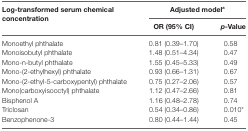
<table><thead><tr><td rowspan="2"><b>Log-transformed serum chemical concentration</b></td><td colspan="2"><b>Adjusted model<sup>a</sup></b></td></tr><tr><td><b>OR (95% CI)</b></td><td><b><i>p-</i>Value</b></td></tr></thead><tbody><tr><td>Monoethyl phthalate</td><td>0.81 (0.39–1.70)</td><td>0.58</td></tr><tr><td>Monoisobutyl phthalate</td><td>1.48 (0.51–4.34)</td><td>0.47</td></tr><tr><td>Mono-n-butyl phthalate</td><td>1.55 (0.45–5.33)</td><td>0.49</td></tr><tr><td>Mono-(2-ethylhexyl) phthalate</td><td>0.93 (0.66–1.31)</td><td>0.67</td></tr><tr><td>Mono-(2-ethyl-5-carboxypentyl) phthalate</td><td>0.75 (0.27–2.06)</td><td>0.57</td></tr><tr><td>Mono(carboxyisooctyl) phthalate</td><td>1.12 (0.47–2.66)</td><td>0.81</td></tr><tr><td>Bisphenol A</td><td>1.16 (0.48–2.78)</td><td>0.74</td></tr><tr><td>Triclosan</td><td>0.54 (0.34–0.86)</td><td>0.010*</td></tr><tr><td>Benzophenone-3</td><td>0.80 (0.44–1.44)</td><td>0.45</td></tr></tbody></table>